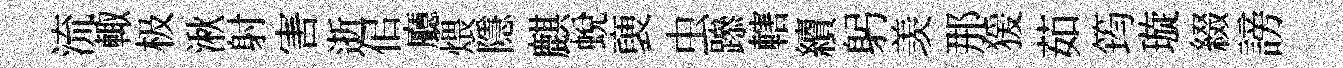
流輙极湫射害逝佀廳煨隱麒蜕褏虫𨅶轄續躬羡那猨茹筠璇綴謗